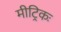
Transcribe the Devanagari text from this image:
मीट्रिकः